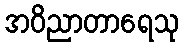
အဝိညာတာရေသု